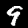
Digit: 9